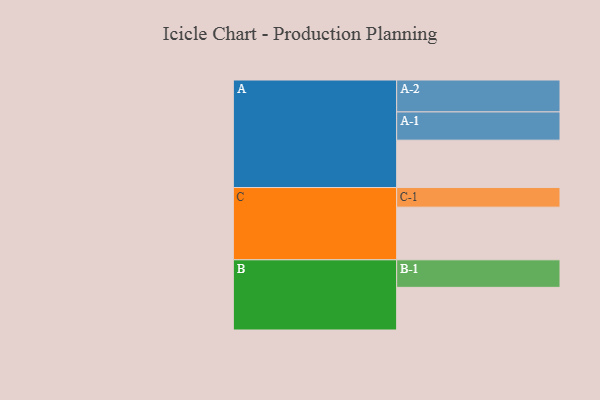
{"axis": {"x": "Segment", "y": "Value"}, "legend": ["", "A", "B", "C"], "data": [{"x": "A", "y": 411, "type": ""}, {"x": "B", "y": 370, "type": ""}, {"x": "C", "y": 457, "type": ""}, {"x": "A-1", "y": 245, "type": "A"}, {"x": "A-2", "y": 277, "type": "A"}, {"x": "B-1", "y": 239, "type": "B"}, {"x": "C-1", "y": 170, "type": "C"}]}